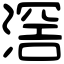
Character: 滘